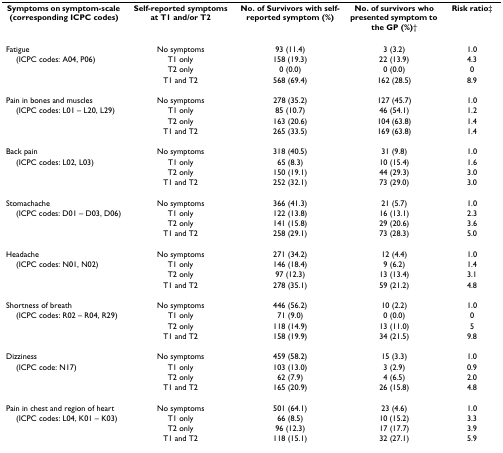
<table><thead><tr><td><b>Symptoms on symptom-scale (corresponding ICPC codes)</b></td><td><b>Self-reported symptoms at T1 and/or T2</b></td><td><b>No. of Survivors with self-reported symptom (%)</b></td><td><b>No. of survivors who presented symptom to the GP (%)†</b></td><td><b>Risk ratio‡</b></td></tr></thead><tbody><tr><td>Fatigue</td><td>No symptoms</td><td>93 (11.4)</td><td>3 (3.2)</td><td>1.0</td></tr><tr><td> (ICPC codes: A04, P06)</td><td>T1 only</td><td>158 (19.3)</td><td>22 (13.9)</td><td>4.3</td></tr><tr><td></td><td>T2 only</td><td>0 (0.0)</td><td>0 (0.0)</td><td>0</td></tr><tr><td></td><td>T1 and T2</td><td>568 (69.4)</td><td>162 (28.5)</td><td>8.9</td></tr><tr><td>Pain in bones and muscles</td><td>No symptoms</td><td>278 (35.2)</td><td>127 (45.7)</td><td>1.0</td></tr><tr><td> (ICPC codes: L01 – L20, L29)</td><td>T1 only</td><td>85 (10.7)</td><td>46 (54.1)</td><td>1.2</td></tr><tr><td></td><td>T2 only</td><td>163 (20.6)</td><td>104 (63.8)</td><td>1.4</td></tr><tr><td></td><td>T1 and T2</td><td>265 (33.5)</td><td>169 (63.8)</td><td>1.4</td></tr><tr><td>Back pain</td><td>No symptoms</td><td>318 (40.5)</td><td>31 (9.8)</td><td>1.0</td></tr><tr><td> (ICPC codes: L02, L03)</td><td>T1 only</td><td>65 (8.3)</td><td>10 (15.4)</td><td>1.6</td></tr><tr><td></td><td>T2 only</td><td>150 (19.1)</td><td>44 (29.3)</td><td>3.0</td></tr><tr><td></td><td>T1 and T2</td><td>252 (32.1)</td><td>73 (29.0)</td><td>3.0</td></tr><tr><td>Stomachache</td><td>No symptoms</td><td>366 (41.3)</td><td>21 (5.7)</td><td>1.0</td></tr><tr><td> (ICPC codes: D01 – D03, D06)</td><td>T1 only</td><td>122 (13.8)</td><td>16 (13.1)</td><td>2.3</td></tr><tr><td></td><td>T2 only</td><td>141 (15.8)</td><td>29 (20.6)</td><td>3.6</td></tr><tr><td></td><td>T1 and T2</td><td>258 (29.1)</td><td>73 (28.3)</td><td>5.0</td></tr><tr><td>Headache</td><td>No symptoms</td><td>271 (34.2)</td><td>12 (4.4)</td><td>1.0</td></tr><tr><td> (ICPC codes: N01, N02)</td><td>T1 only</td><td>146 (18.4)</td><td>9 (6.2)</td><td>1.4</td></tr><tr><td></td><td>T2 only</td><td>97 (12.3)</td><td>13 (13.4)</td><td>3.1</td></tr><tr><td></td><td>T1 and T2</td><td>278 (35.1)</td><td>59 (21.2)</td><td>4.8</td></tr><tr><td>Shortness of breath</td><td>No symptoms</td><td>446 (56.2)</td><td>10 (2.2)</td><td>1.0</td></tr><tr><td> (ICPC codes: R02 – R04, R29)</td><td>T1 only</td><td>71 (9.0)</td><td>0 (0.0)</td><td>0</td></tr><tr><td></td><td>T2 only</td><td>118 (14.9)</td><td>13 (11.0)</td><td>5</td></tr><tr><td></td><td>T1 and T2</td><td>158 (19.9)</td><td>34 (21.5)</td><td>9.8</td></tr><tr><td>Dizziness</td><td>No symptoms</td><td>459 (58.2)</td><td>15 (3.3)</td><td>1.0</td></tr><tr><td> (ICPC code: N17)</td><td>T1 only</td><td>103 (13.0)</td><td>3 (2.9)</td><td>0.9</td></tr><tr><td></td><td>T2 only</td><td>62 (7.9)</td><td>4 (6.5)</td><td>2.0</td></tr><tr><td></td><td>T1 and T2</td><td>165 (20.9)</td><td>26 (15.8)</td><td>4.8</td></tr><tr><td>Pain in chest and region of heart</td><td>No symptoms</td><td>501 (64.1)</td><td>23 (4.6)</td><td>1.0</td></tr><tr><td> (ICPC codes: L04, K01 – K03)</td><td>T1 only</td><td>66 (8.5)</td><td>10 (15.2)</td><td>3.3</td></tr><tr><td></td><td>T2 only</td><td>96 (12.3)</td><td>17 (17.7)</td><td>3.9</td></tr><tr><td></td><td>T1 and T2</td><td>118 (15.1)</td><td>32 (27.1)</td><td>5.9</td></tr></tbody></table>